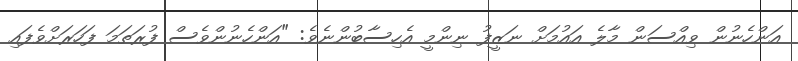
އަންހެނުން ވިއްސަން މާލެ އައުމަށް ނަޒީފު ނިންމީ އެހިސާބުންނެވެ: "އަންހެނުންވެސް ފުރަތަމަ ފަހަރަށްވެފައި